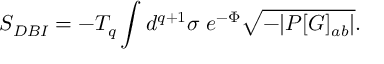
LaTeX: S _ { D B I } = - T _ { q } \int d ^ { q + 1 } \sigma \; e ^ { - \Phi } \sqrt { - | P [ G ] _ { a b } | } .